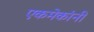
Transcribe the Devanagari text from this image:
एकमेकांनी